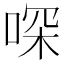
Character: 𠶀